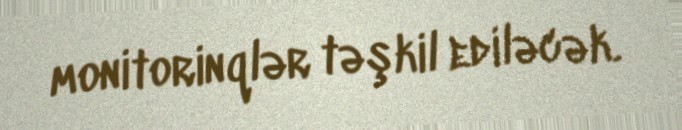
monitorinqlər təşkil ediləcək.